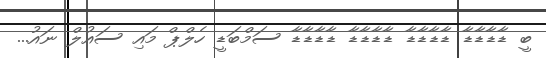
ބީ ޑާޑާޑާޑާ ޑާޑާޑާޑާ ޑާޑާޑާޑާ ޑާޑާޑާޑާ ސަމްބަޑީ ހެލްޕް މައި ސައުލް ނައު...